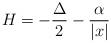
LaTeX: \begin{align*}H = -\frac{\Delta}{2} - \frac{\alpha}{|x|}\end{align*}